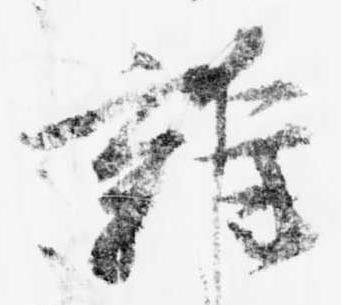
雑